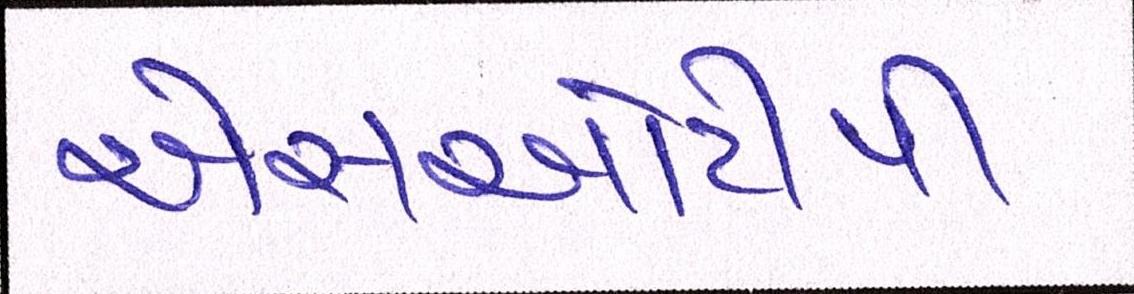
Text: એસઓટીપી